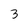
Character: 3